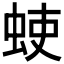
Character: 𫊳